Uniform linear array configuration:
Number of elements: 32
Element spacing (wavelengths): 0.75
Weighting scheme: binomial
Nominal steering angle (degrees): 0
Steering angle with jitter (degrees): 0.7441
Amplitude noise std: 0.05
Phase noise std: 0.05

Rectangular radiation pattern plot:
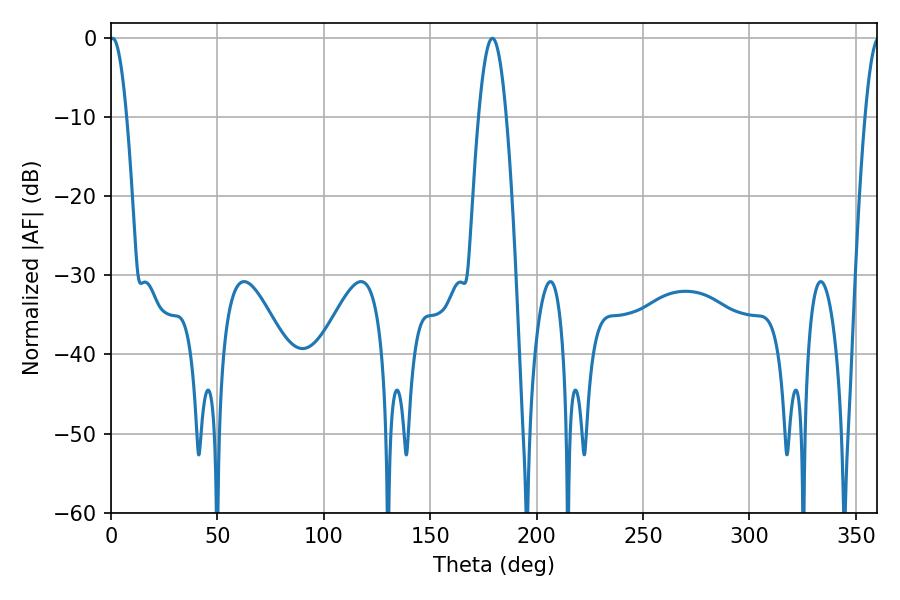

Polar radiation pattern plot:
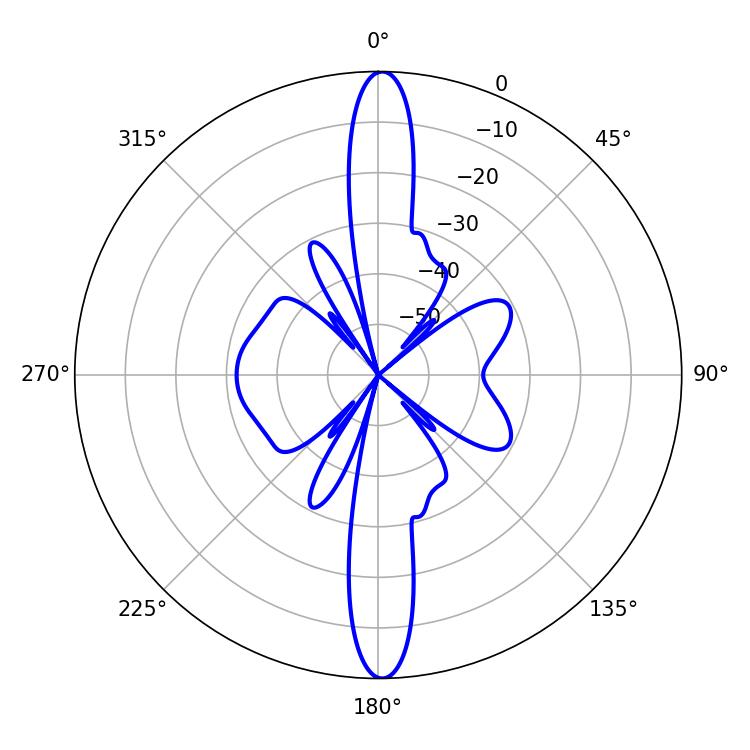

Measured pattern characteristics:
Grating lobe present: TRUE
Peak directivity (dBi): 27.324
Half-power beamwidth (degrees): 4.32
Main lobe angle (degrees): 0.72